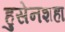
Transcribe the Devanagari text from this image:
हुसेनशहा